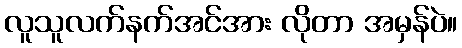
လူသူလက်နက်အင်အား လိုတာ အမှန်ပဲ။